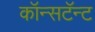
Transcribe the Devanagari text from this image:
कॉन्सटॅन्ट